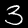
Digit: 3